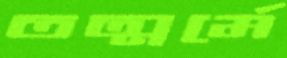
তত্মর্মে